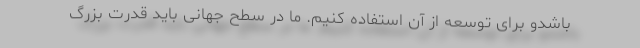
باشدو برای توسعه از آن استفاده کنیم. ما در سطح جهانی باید قدرت بزرگ